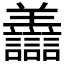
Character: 𧮟